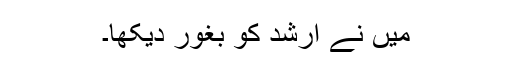
میں نے ارشد کو بغور دیکھا۔